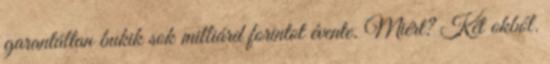
garantáltan bukik sok milliárd forintot évente. Miért? Két okból.